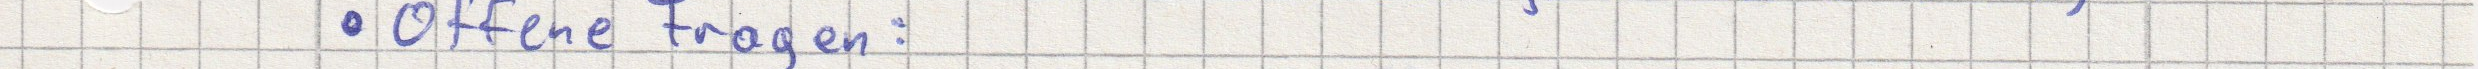
Offene Fragen: